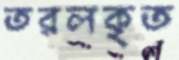
তরলকৃত